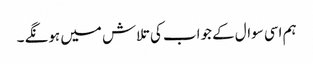
ہم اسی سوال کے جواب کی تلاش میں ہونگے ۔